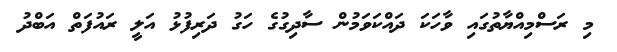
މި ރަސްމިއްޔާތުގައި ވާހަކަ ދައްކަވަމުން ސާދިގުގެ ހަގު ދަރިފުޅު އަލީ ރައުފަތް އަބްދު